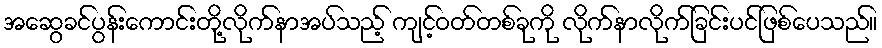
အဆွေခင်ပွန်းကောင်းတို့လိုက်နာအပ်သည့် ကျင့်ဝတ်တစ်ခုကို လိုက်နာလိုက်ခြင်းပင်ဖြစ်ပေသည်။